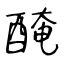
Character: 醃